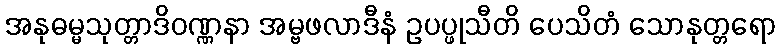
အနုဓမ္မသုတ္တာဒိဝဏ္ဏနာ အမ္ဗဖလာဒီနံ ဥပပ္ဖုသီတိ ပေသိတံ သောနုတ္တရော